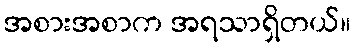
အစားအစာက အရသာရှိတယ်။